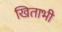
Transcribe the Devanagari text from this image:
खिताभी